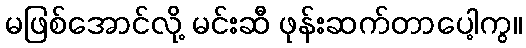
မဖြစ်အောင်လို့ မင်းဆီ ဖုန်းဆက်တာပေါ့ကွ။